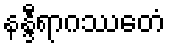
နန္ဒီရာဂဿေတံ